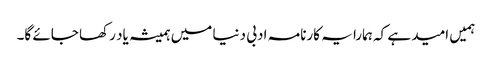
ہمیں امید ہے کہ ہمارا یہ کارنامہ ادبی دنیا میں ہمیشہ یاد رکھا جائے گا۔